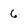
Character: 6